Indian journal of veterinary science and animal husbandry - Volume 7,
Year: 1937
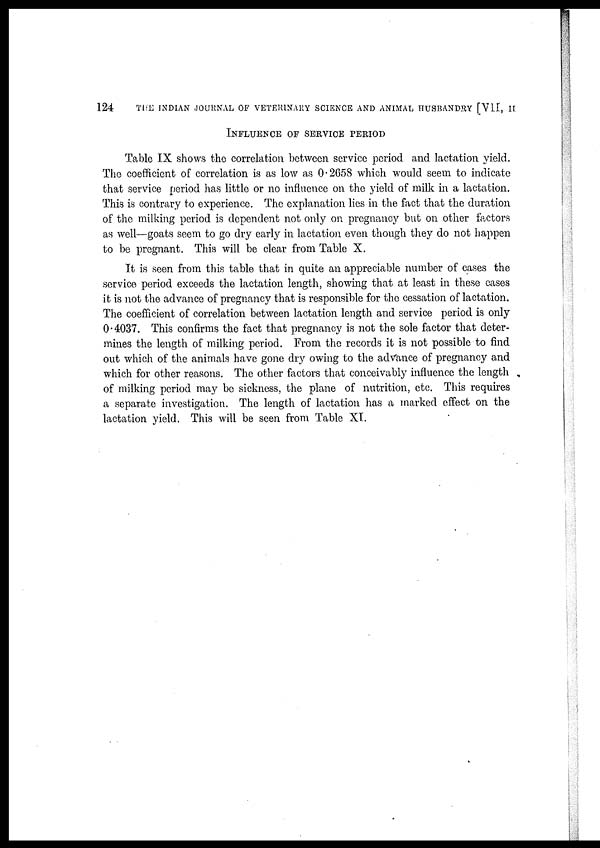
124
THE INDIAN JOURNAL OF VETERINARY SCIENCE AND ANIMAL HUSBANDRY [VII, II
INFLUENCE OF SERVICE PERIOD
Table IX shows the correlation between service period and lactation yield.
The coefficient of correlation is as low as 0.2658 which would seem to indicate
that service period has little or no influence on the yield of milk in a lactation.
This is contrary to experience. The explanation lies in the fact that the duration
of the milking period is dependent not only on pregnancy but on other factors
as well—goats seem to go dry early in lactation even though they do not happen
to be pregnant. This will be clear from Table X.
It is seen from this table that in quite an appreciable number of cases the
service period exceeds the lactation length, showing that at least in these cases
it is not the advance of pregnancy that is responsible for the cessation of lactation.
The coefficient of correlation between lactation length and service period is only
0.4037. This confirms the fact that pregnancy is not the sole factor that deter-
mines the length of milking period. From the records it is not possible to find
out which of the animals have gone dry owing to the advance of pregnancy and
which for other reasons. The other factors that conceivably influence the length
of milking period may be sickness, the plane of nutrition, etc. This requires
a separate investigation. The length of lactation has a marked effect on the
lactation yield. This will be seen from Table XI.